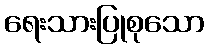
ရေးသားပြုစုသော